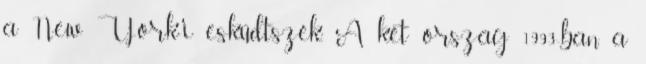
a New York-i esküdtszék. A két ország 1993-ban a